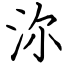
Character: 沵